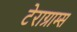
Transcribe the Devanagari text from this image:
टेराग्राम्स